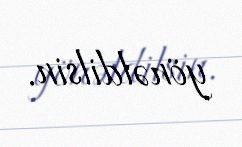
yönəldilsin.